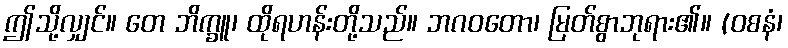
ဤသို့လျှင်။ တေ ဘိက္ခူ၊ ထိုရဟန်းတို့သည်။ ဘဂဝတော၊ မြတ်စွာဘုရား၏။ (ဝစနံ၊